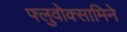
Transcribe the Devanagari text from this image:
फ्लुवोक्सामिने